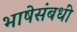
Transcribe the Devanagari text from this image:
भाषेसंबधीं